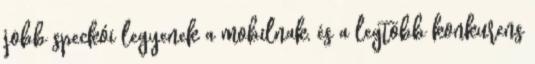
jobb speckói legyenek a mobilnak, és a legtöbb konkurens